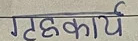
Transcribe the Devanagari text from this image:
गृहकार्य